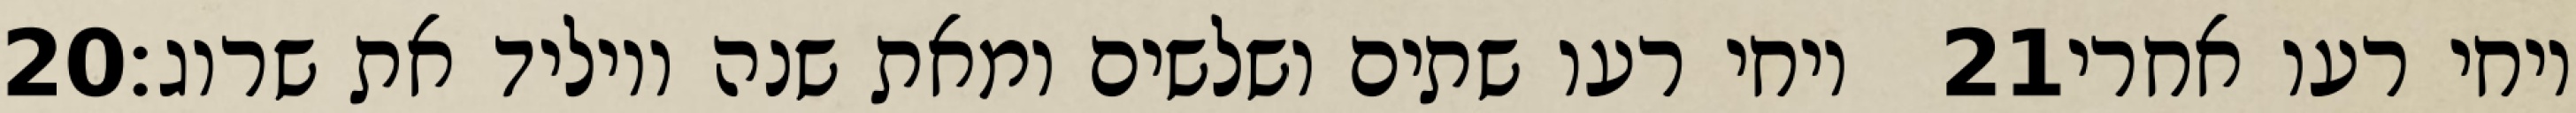
‎20‏ ויחי רעו שתים ושלשים ומאת שנה ויוליד את שרוג׃ ‎21‏ ויחי רעו אחרי